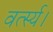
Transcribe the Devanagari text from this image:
वर्त्स्य।